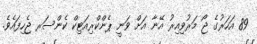
89 އަހަރުގެ ޖޯ މަރުވިއިރު އޭނާ އަށް ވަނީ ޕެންކްރިއަޓިކް ކެންސަރ ޖެހިފައެވެ.